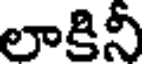
లాకినీ